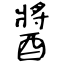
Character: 醬